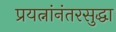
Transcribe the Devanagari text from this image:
प्रयत्नांनंतरसुद्धा